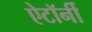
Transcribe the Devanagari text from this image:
ऐटॉर्नी